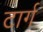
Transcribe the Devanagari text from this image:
टार्ग